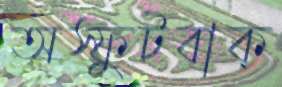
অস্ফুটবাক্